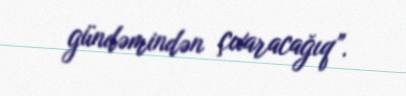
gündəmindən çıxaracağıq”.